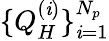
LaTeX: \{ Q_{H}^{(\mathit{i})}\} _{\mathit{i}=1}^{N_{p}}